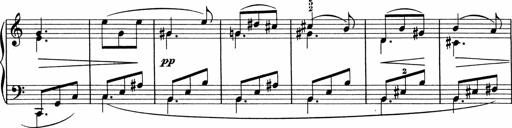
Title: 5 Sonatinen fÃ¼r die Jugend
Composer: Carl Reinecke